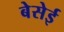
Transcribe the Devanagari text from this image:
बेसेई